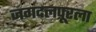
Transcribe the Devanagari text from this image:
जगदलपूरला